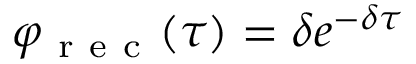
\varphi _ { \mathrm { ~ r ~ e ~ c ~ } } ( \tau ) = \delta e ^ { - \delta \tau }